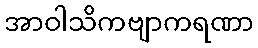
အာဝါသိကဗျာကရဏာ